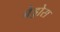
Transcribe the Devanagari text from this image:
बेड्डोस